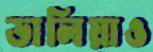
ডালিয়াও